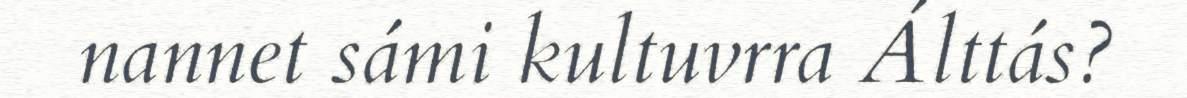
nannet sámi kultuvrra Álttás?